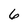
Character: 6